65_HS1-834228961_62-HQ-83894_Section_10
Agency: FBI
Page 119
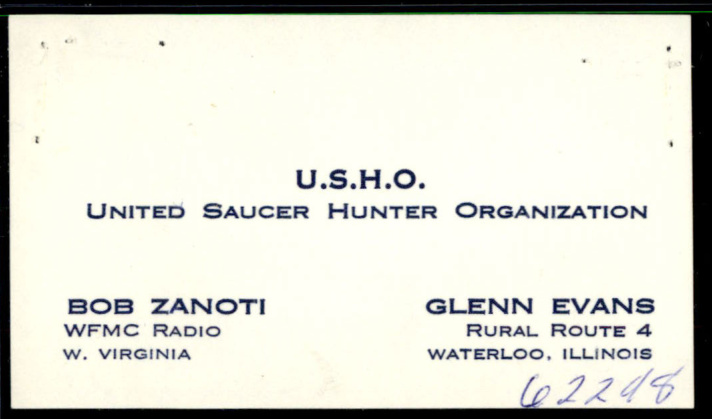